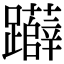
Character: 𨇨